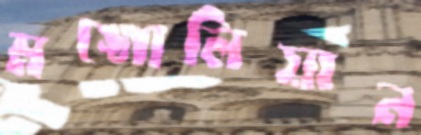
মঙ্গোলিয়ান